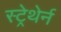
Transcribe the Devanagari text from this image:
स्ट्रेथेर्न